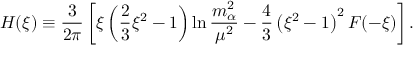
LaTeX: H ( \xi ) \equiv \frac { 3 } { 2 \pi } \left[ \xi \left( \frac { 2 } { 3 } \xi ^ { 2 } - 1 \right) \ln \frac { m _ { \alpha } ^ { 2 } } { \mu ^ { 2 } } - \frac { 4 } { 3 } \left( \xi ^ { 2 } - 1 \right) ^ { 2 } F ( - \xi ) \right] .